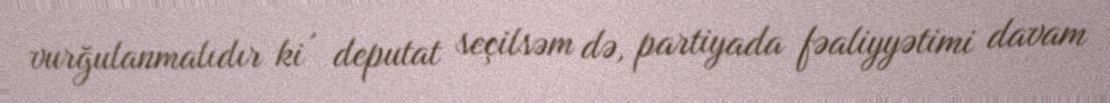
vurğulanmalıdır ki , deputat seçilsəm də, partiyada fəaliyyətimi davam